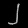
Digit: ၂